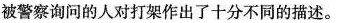
被警察询问的人对打架作出了十分不同的描述.